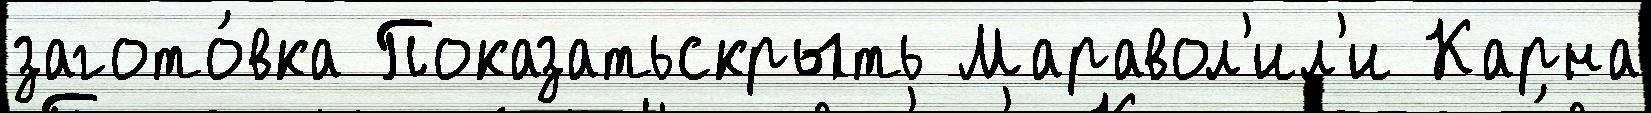
загото́вка Показатьскрыть Маравол'ил'и Карна